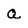
Character: Q